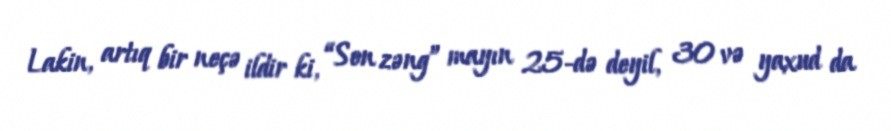
Lakin, artıq bir neçə ildir ki, “Son zəng” mayın 25-də deyil, 30 və yaxud da